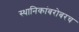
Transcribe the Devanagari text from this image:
स्थानिकांबरोबरच